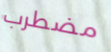
مضطرب